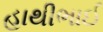
હાથીભાઈ